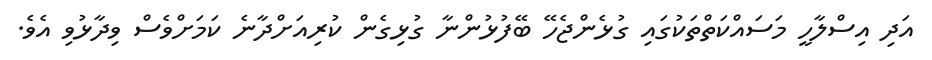
އަދި އިސްލާހީ މަސައްކަތްތަކުގައި ގުޅެންޖެހޭ ބޭފުޅުންނާ ގުޅިގެން ކުރިއަށްދާނެ ކަމަށްވެސް ވިދާޅުވި އެވެ.